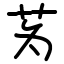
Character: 𫇭